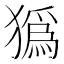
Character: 㺔